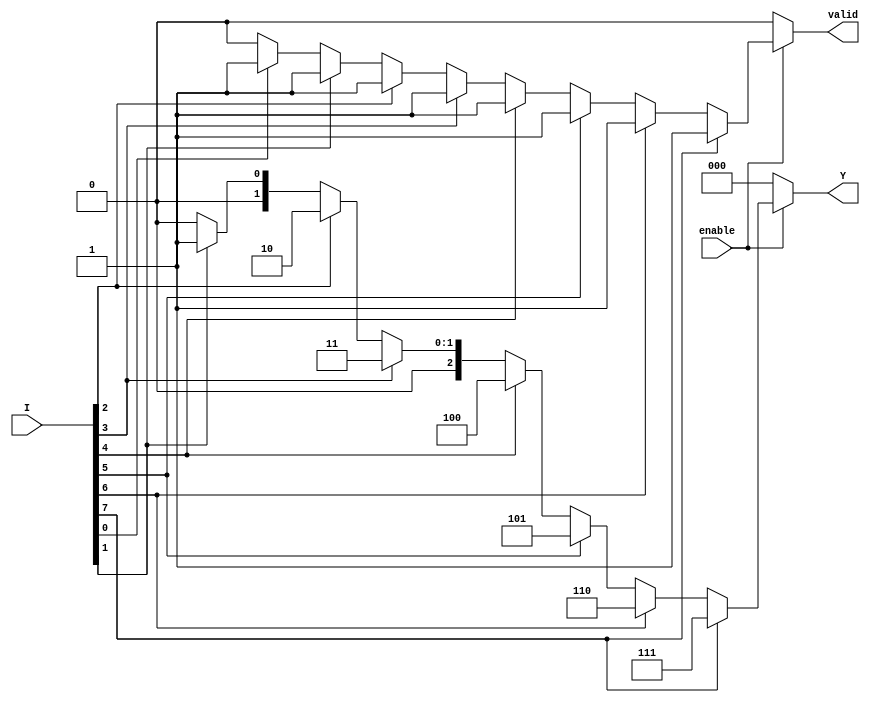
module encoder_8to3 (
    input wire [7:0] I,    // 8 input lines
    input wire enable,      // Enable signal
    output reg [2:0] Y,     // 3-bit output
    output reg valid        // Valid output signal indicating if the output is valid
);

always @(*) begin
    if (!enable) begin
        // If enable is low, set output to a defined state (000) and valid to 0
        Y = 3'b000;
        valid = 1'b0;
    end else begin
        // Default output
        Y = 3'b000;
        valid = 1'b0;

        // Check inputs from highest priority to lowest
        if (I[7]) begin
            Y = 3'b111; // I[7] is high
            valid = 1'b1;
        end else if (I[6]) begin
            Y = 3'b110; // I[6] is high
            valid = 1'b1;
        end else if (I[5]) begin
            Y = 3'b101; // I[5] is high
            valid = 1'b1;
        end else if (I[4]) begin
            Y = 3'b100; // I[4] is high
            valid = 1'b1;
        end else if (I[3]) begin
            Y = 3'b011; // I[3] is high
            valid = 1'b1;
        end else if (I[2]) begin
            Y = 3'b010; // I[2] is high
            valid = 1'b1;
        end else if (I[1]) begin
            Y = 3'b001; // I[1] is high
            valid = 1'b1;
        end else if (I[0]) begin
            Y = 3'b000; // I[0] is high
            valid = 1'b1;
        end
    end
end

endmodule